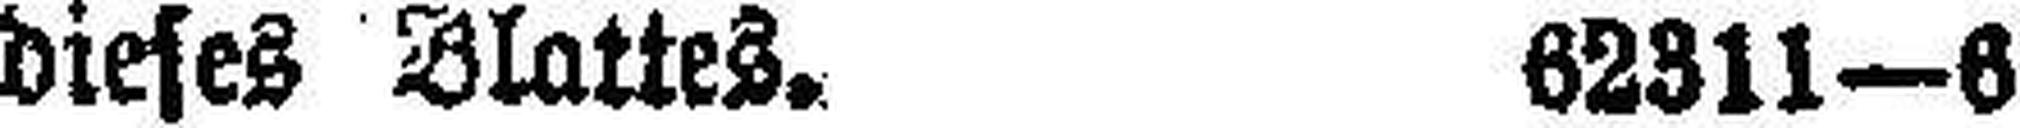
dieses Blattes. 62311—6